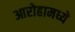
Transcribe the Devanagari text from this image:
आरोहामध्ये